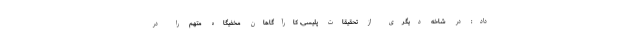
داد: در شاخه دیگری از تحقیقات پلیسی، کارآگاهان مخفیگاه متهم را در